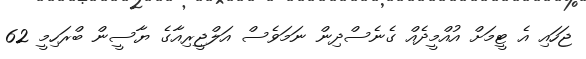
ޖަހައި އެ ޓީމަށް އުއްމީދެއް ގެނެސްދިން ނަމަވެސް އަލްޖީރިއާގެ ޔާސީން ބްރަހިމީ 62